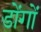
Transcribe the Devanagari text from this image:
डोंगों